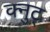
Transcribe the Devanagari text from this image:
क्नुट्